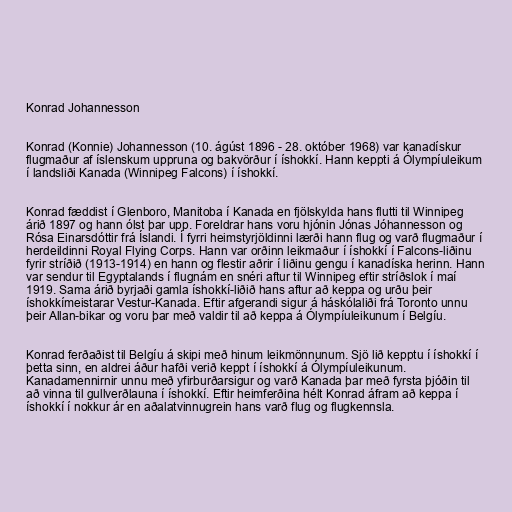
Konrad Johannesson

Konrad (Konnie) Johannesson (10. ágúst 1896 - 28. október 1968) var kanadískur
flugmaður af íslenskum uppruna og bakvörður í íshokkí. Hann keppti á Ólympíuleikum
í landsliði Kanada (Winnipeg Falcons) í íshokkí.

Konrad fæddist í Glenboro, Manitoba í Kanada en fjölskylda hans flutti til Winnipeg
árið 1897 og hann ólst þar upp. Foreldrar hans voru hjónin Jónas Jóhannesson og
Rósa Einarsdóttir frá Íslandi. Í fyrri heimstyrjöldinni lærði hann flug og varð flugmaður í
herdeildinni Royal Flying Corps. Hann var orðinn leikmaður í íshokkí í Falcons-liðinu
fyrir stríðið (1913-1914) en hann og flestir aðrir í liðinu gengu í kanadíska herinn. Hann
var sendur til Egyptalands í flugnám en snéri aftur til Winnipeg eftir stríðslok í maí
1919. Sama árið byrjaði gamla íshokkí-liðið hans aftur að keppa og urðu þeir
íshokkímeistarar Vestur-Kanada. Eftir afgerandi sigur á háskólaliði frá Toronto unnu
þeir Allan-bikar og voru þar með valdir til að keppa á Ólympíuleikunum í Belgíu.

Konrad ferðaðist til Belgíu á skipi með hinum leikmönnunum. Sjö lið kepptu í íshokkí í
þetta sinn, en aldrei áður hafði verið keppt í íshokkí á Ólympíuleikunum.
Kanadamennirnir unnu með yfirburðarsigur og varð Kanada þar með fyrsta þjóðin til
að vinna til gullverðlauna í íshokkí. Eftir heimferðina hélt Konrad áfram að keppa í
íshokkí í nokkur ár en aðalatvinnugrein hans varð flug og flugkennsla.